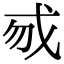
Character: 𢦠